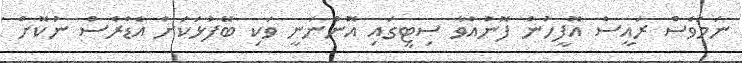
ނަމަވެސް ރައީސް އޮފީހުން ފޮނުއްވާ ސިޓީގައި އޮންނަނީ ވަކި ބޭފުޅަކަށް އެޑްރެސް ނުކޮށް